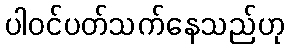
ပါဝင်ပတ်သက်နေသည်ဟု